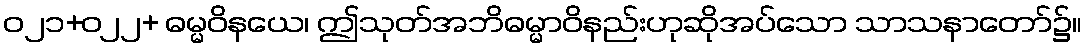
ဝ၂၁+၀၂၂+ ဓမ္မဝိနယေ၊ ဤသုတ်အဘိဓမ္မာဝိနည်းဟုဆိုအပ်သော သာသနာတော်၌။